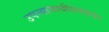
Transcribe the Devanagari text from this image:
उपन्यायाधीशपदावर